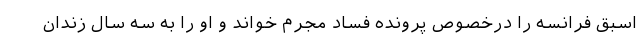
اسبق فرانسه را درخصوص پرونده فساد مجرم خواند و او را به سه سال زندان